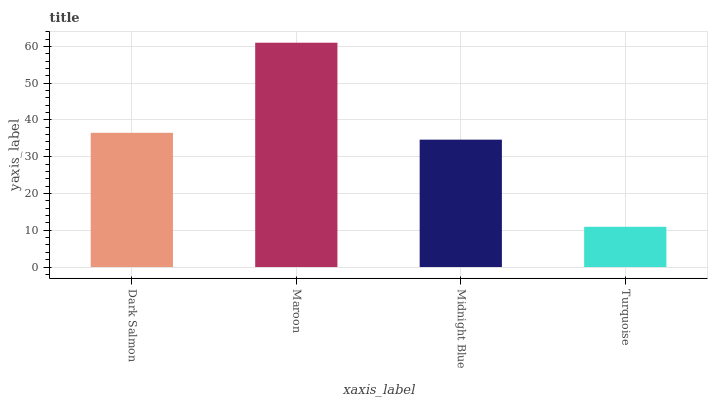
| xaxis_label | bars |
 | --- | --- |
 | Dark Salmon | 36.5 |
 | Maroon | 61 |
 | Midnight Blue | 34.6 |
 | Turquoise | 10.9 |